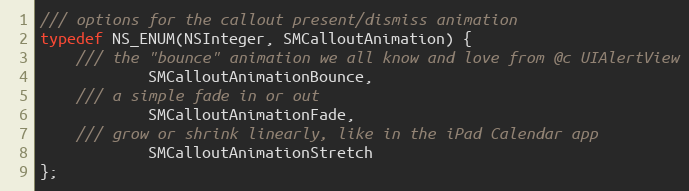
Language: C
/// options for the callout present/dismiss animation
typedef NS_ENUM(NSInteger, SMCalloutAnimation) {
    /// the "bounce" animation we all know and love from @c UIAlertView
            SMCalloutAnimationBounce,
    /// a simple fade in or out
            SMCalloutAnimationFade,
    /// grow or shrink linearly, like in the iPad Calendar app
            SMCalloutAnimationStretch
};